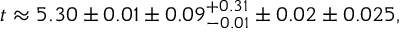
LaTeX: t \approx 5 . 3 0 \pm 0 . 0 1 \pm 0 . 0 9 _ { - 0 . 0 1 } ^ { + 0 . 3 1 } \pm 0 . 0 2 \pm 0 . 0 2 5 ,